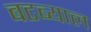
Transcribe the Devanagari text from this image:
बटब्याल